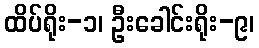
ထိပ်ရိုး-၁၊ ဦးခေါင်းရိုး-၉၊